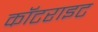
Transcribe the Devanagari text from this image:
कॉटराइट